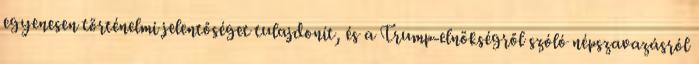
egyenesen történelmi jelentőséget tulajdonít, és a Trump-elnökségről szóló népszavazásról